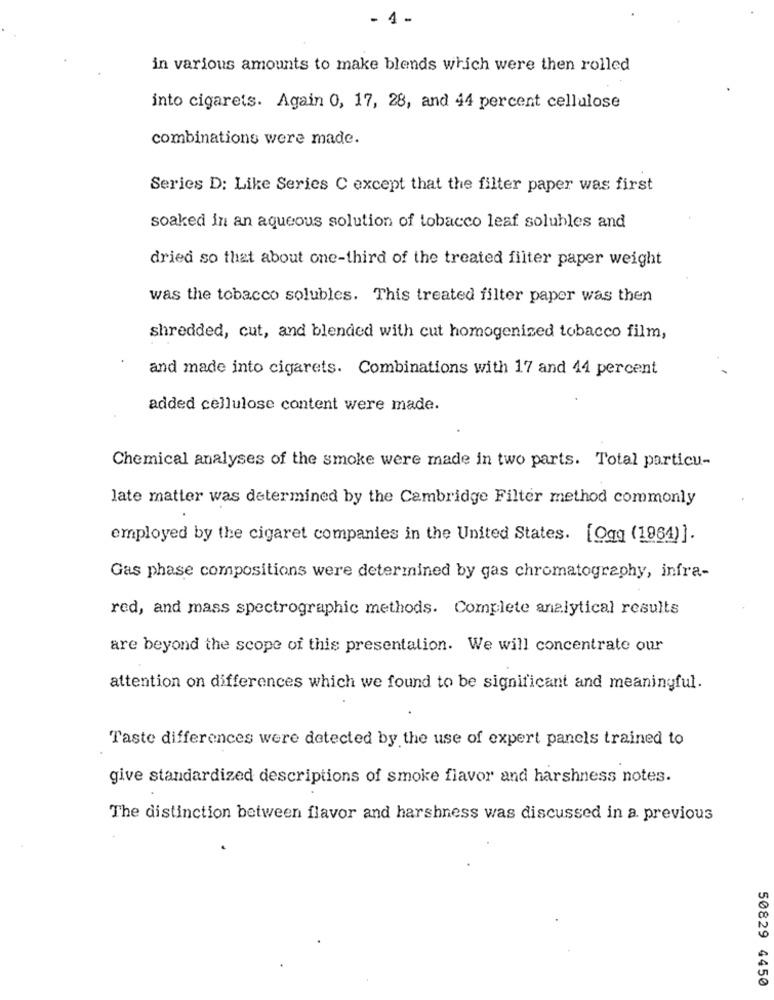
- 1 -
in various amounts to make blends which were then rolled
into cigarets. Again 0, 17, 28, and 44 percent cellulose
combinations were made.
Series D: Like Series C except that the filter paper was first
soaked in an aqueous solution of tobacco leaf solubles and
dried so that about one-third of the treated filter paper weight
was the tobacco solubles. This treated filter paper was then
shredded, cut, and blended with cut homogenized tobacco film,
and made into cigarets. Combinations with 17 and 44 percent
added cellulose content were made.
Chemical analyses of the smoke were made in two parts. Total particu-
late matter was determined by the Cambridge Filter method commonly
employed by the cigaret companies in the United States. [Ogg (1964)].
Gas phase compositions were determined by gas chromatography, infra-
red, and mass spectrographic methods. Complete analytical results
are beyond the scope of this presentation. We will concentrate our
attention on differences which we found to be significant and meaningful.
Taste differences were detected by the use of expert panels trained to
give standardized descriptions of smoke flavor and harshness notes.
The distinction between flavor and harshness was discussed in a previous
50829 4450